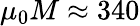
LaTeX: \mu_{0}M\approx 340